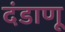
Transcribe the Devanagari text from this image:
दंडाणू